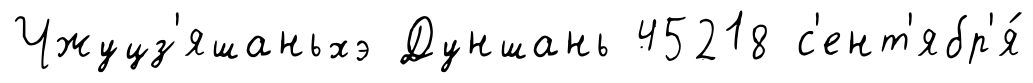
Чжуцз'яшаньхэ Дуншань 45218 с'ент'ябр'я́